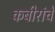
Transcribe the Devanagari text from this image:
कबीरांचे